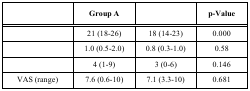
<table><thead><tr><td>[EMPTY_CELL]</td><td><b>Group A</b></td><td>[EMPTY_CELL]</td><td><b>p-Value</b></td></tr></thead><tbody><tr><td>[EMPTY_CELL]</td><td>21 (18-26)</td><td>18 (14-23)</td><td>0.000</td></tr><tr><td>[EMPTY_CELL]</td><td>1.0 (0.5-2.0)</td><td>0.8 (0.3-1.0)</td><td>0.58</td></tr><tr><td>[EMPTY_CELL]</td><td>4 (1-9)</td><td>3 (0-6)</td><td>0.146</td></tr><tr><td>VAS (range)</td><td>7.6 (0.6-10)</td><td>7.1 (3.3-10)</td><td>0.681</td></tr></tbody></table>